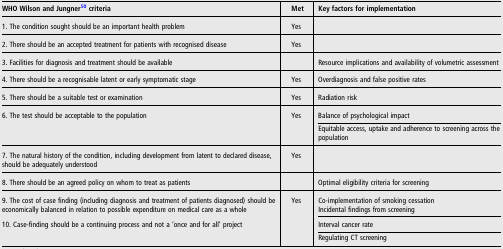
| WHO Wilson and Jungner50 criteria | Met | Key factors for implementation |
 | --- | --- | --- |
 | 1. The condition sought should be an important health problem | Yes |  |
 | 2. There should be an accepted treatment for patients with recognised disease | Yes |  |
 | 3. Facilities for diagnosis and treatment should be available |  | Resource implications and availability of volumetric assessment |
 | 4. There should be a recognisable latent or early symptomatic stage | Yes | Overdiagnosis and false positive rates |
 | 5. There should be a suitable test or examination | Yes | Radiation risk |
 | <ROWSPAN=2> 6. The test should be acceptable to the population | <ROWSPAN=2> Yes | Balance of psychological impact |
 | Equitable access, uptake and adherence to screening across the population |
 | 7. The natural history of the condition, including development from latent to declared disease, should be adequately understood | Yes |  |
 | 8. There should be an agreed policy on whom to treat as patients |  | Optimal eligibility criteria for screening |
 | <ROWSPAN=2> 9. The cost of case finding (including diagnosis and treatment of patients diagnosed) should be economically balanced in relation to possible expenditure on medical care as a whole | <ROWSPAN=2> Yes | Co-implementation of smoking cessation |
 | Incidental findings from screening |
 | <ROWSPAN=2> 10. Case-finding should be a continuing process and not a ‘once and for all’ project | <ROWSPAN=2>  | Interval cancer rate |
 | Regulating CT screening |